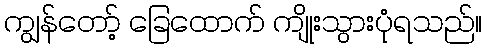
ကျွန်တော့် ခြေထောက် ကျိုးသွားပုံရသည်။